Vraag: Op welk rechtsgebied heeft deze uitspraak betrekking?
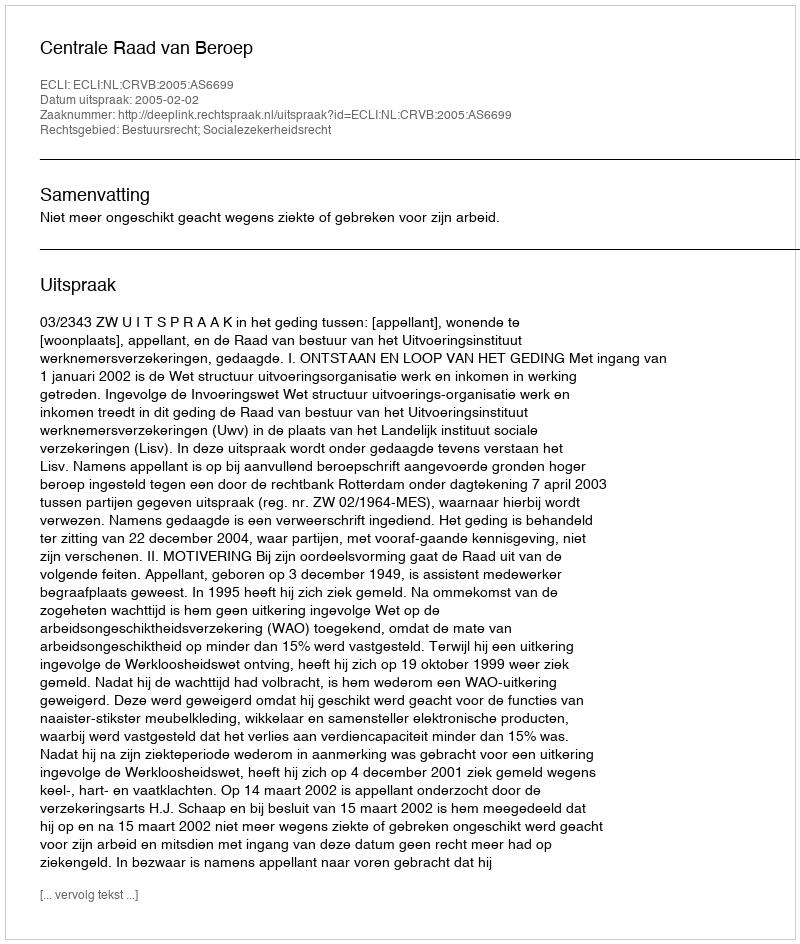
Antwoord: Bestuursrecht; Socialezekerheidsrecht